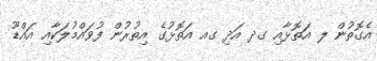
އެގޮތުން ލ އަތޮޅާއި ގދ އަދި ގއ އަތޮޅުގެ އިތުރުން ފުވައްމުލަކާއި އައްޑޫ